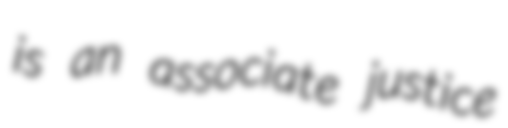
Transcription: is an associate justice